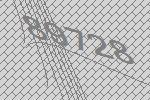
89728